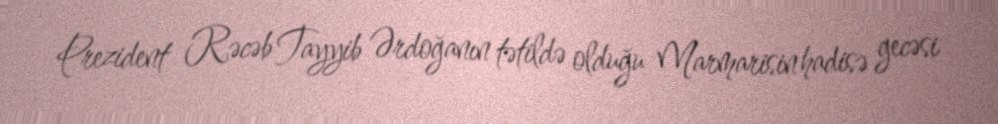
Prezident Rəcəb Tayyib Ərdoğanın tətildə olduğu Marmarisin hadisə gecəsi